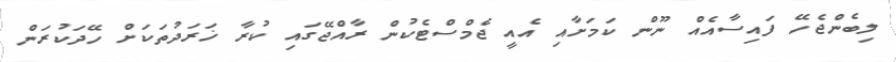
ލިބެންޖެހޭ ފައިސާއެއް ނޫން ކަމަށާއި އެއީ ޖެމްސްޓެކުން ރާއްޖޭގައި ކުރާ ޚަރަދުތަކަށް ހޭދަކުރަން